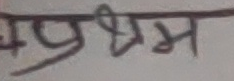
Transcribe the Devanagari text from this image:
प्रेम